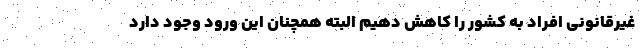
غیرقانونی افراد به کشور را کاهش دهیم البته همچنان این ورود وجود دارد